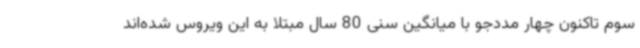
سوم تاکنون چهار مددجو با میانگین سنی 80 سال مبتلا به این ویروس شده‌اند